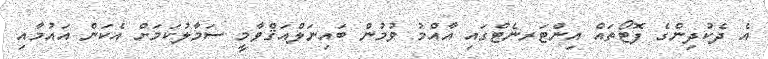
އެ ދެކުދިންގެ ފޮޓޯތައް އިންޓަރނެޓްގައި އާއްމު ވުމުން ބައިނަލްއަޤްވާމީ ސަމާލުކަމަށް އެކަން އައުމާއި